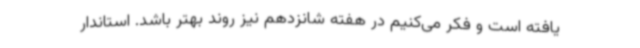
یافته است و فکر می‌کنیم در هفته شانزدهم نیز روند بهتر باشد. استاندار